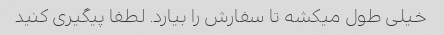
خیلی طول میکشه تا سفارش را بیارد. لطفا پیگیری کنید